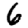
Digit: 6